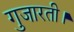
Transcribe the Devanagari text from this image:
गुजारती।